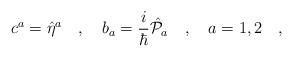
LaTeX: \begin{align*}c^a=\hat{\eta}^a\ \ \ ,\ \ \ b_a=\frac{i}{\hbar}\hat{{\cal P}}_a\ \ \ ,\ \ \ a=1,2\ \ \ ,\end{align*}